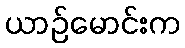
ယာဉ်မောင်းက